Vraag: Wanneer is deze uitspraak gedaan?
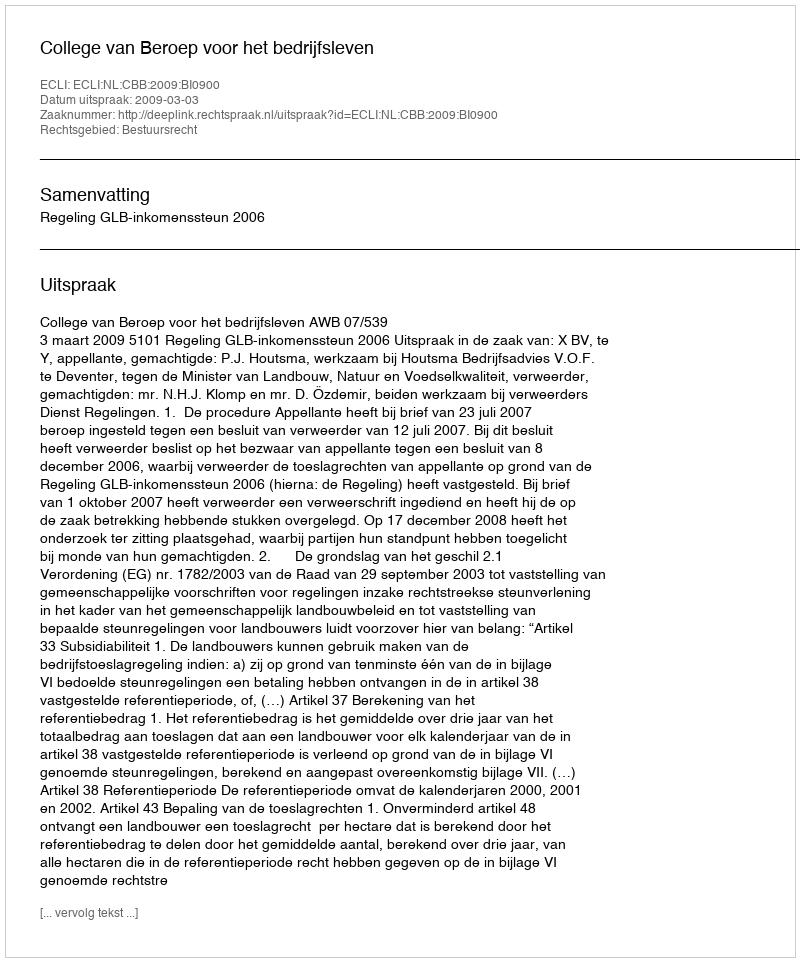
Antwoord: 2009-03-03